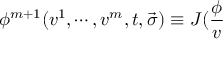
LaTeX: \phi ^ { m + 1 } ( v ^ { 1 } , \cdots , v ^ { m } , t , \vec { \sigma } ) \equiv J ( \frac \phi v